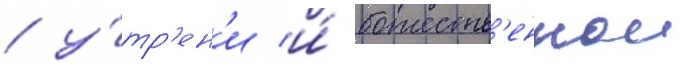
/ у́тр'ен'и и́ божеств'еннои